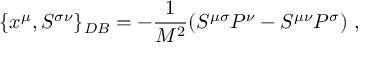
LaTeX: \{ x ^ { \mu } , S ^ { \sigma \nu } \} _ { D B } = - \frac { 1 } { M ^ { 2 } } ( S ^ { \mu \sigma } P ^ { \nu } - S ^ { \mu \nu } P ^ { \sigma } ) ~ ,